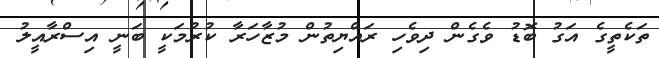
ތަކެތީގެ އަގު ބޮޑު ވެގެން ދިވެހި ރައްޔިތުން މުޒާހަރާ ކުރުމަކީ ބަނީ އިސްރާއީލު